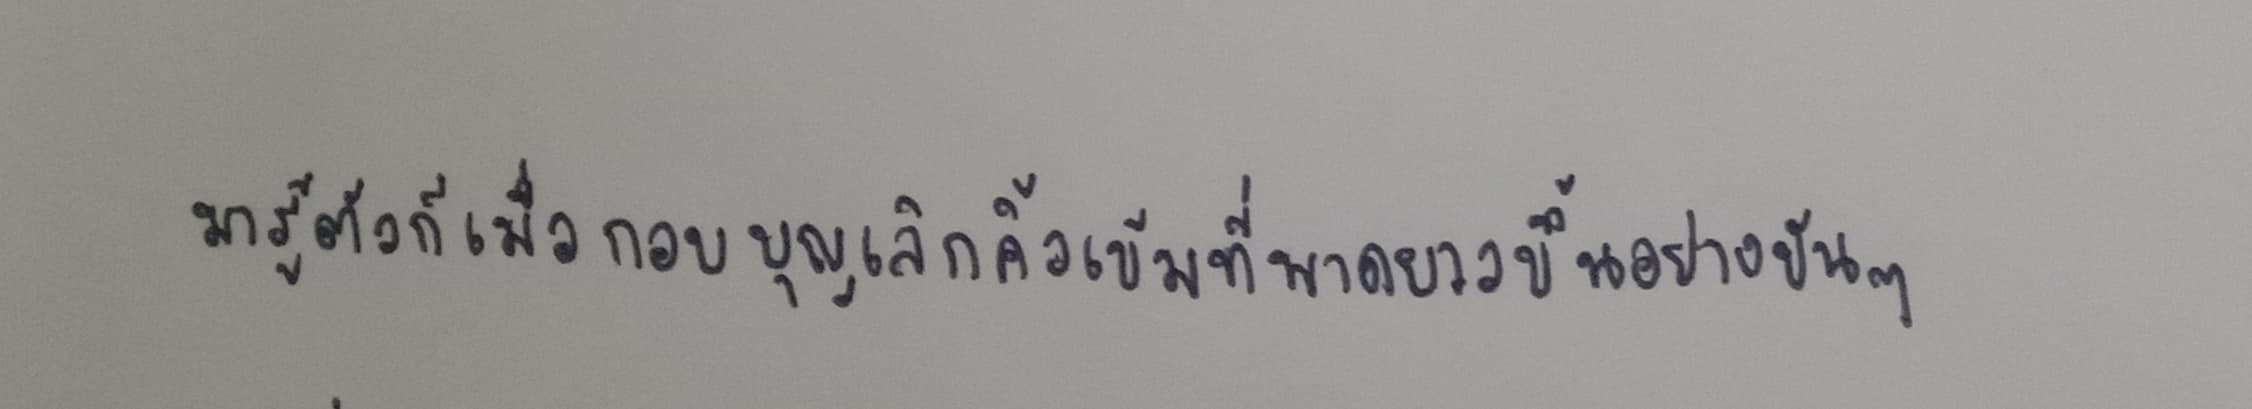
มารู้ตัวก็เมื่อกอบบุญเลิกคิ้วเข้มที่พาดยาวขึ้นอย่างขันๆ